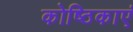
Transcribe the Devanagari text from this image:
कोष्ठिकाएं